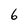
Character: 6